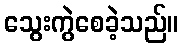
သွေးကွဲစေခဲ့သည်။